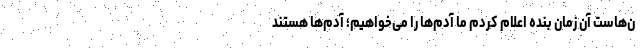
ن‌هاست آن زمان بنده اعلام کردم ما آدم‌ها را می‌خواهیم؛ آدم‌ها هستند